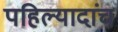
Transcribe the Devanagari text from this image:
पहिल्यादांच